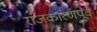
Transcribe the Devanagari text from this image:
राजकारणपूर्व